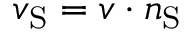
v _ { \mathrm { { S } } } = \boldsymbol { v } \cdot \boldsymbol { n } _ { \mathrm { { S } } }